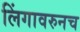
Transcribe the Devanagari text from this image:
लिंगावरुनच